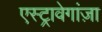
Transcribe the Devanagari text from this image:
एस्ट्रावेगांज़ा